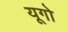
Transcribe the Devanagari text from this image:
यूगो